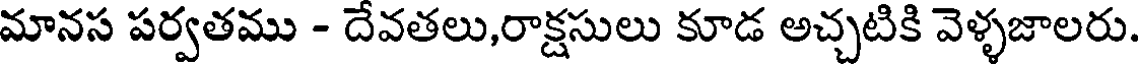
మానస పర్వతము - దేవతలు,రాక్షసులు కూడ అచ్చటికి వెళ్ళజాలరు.